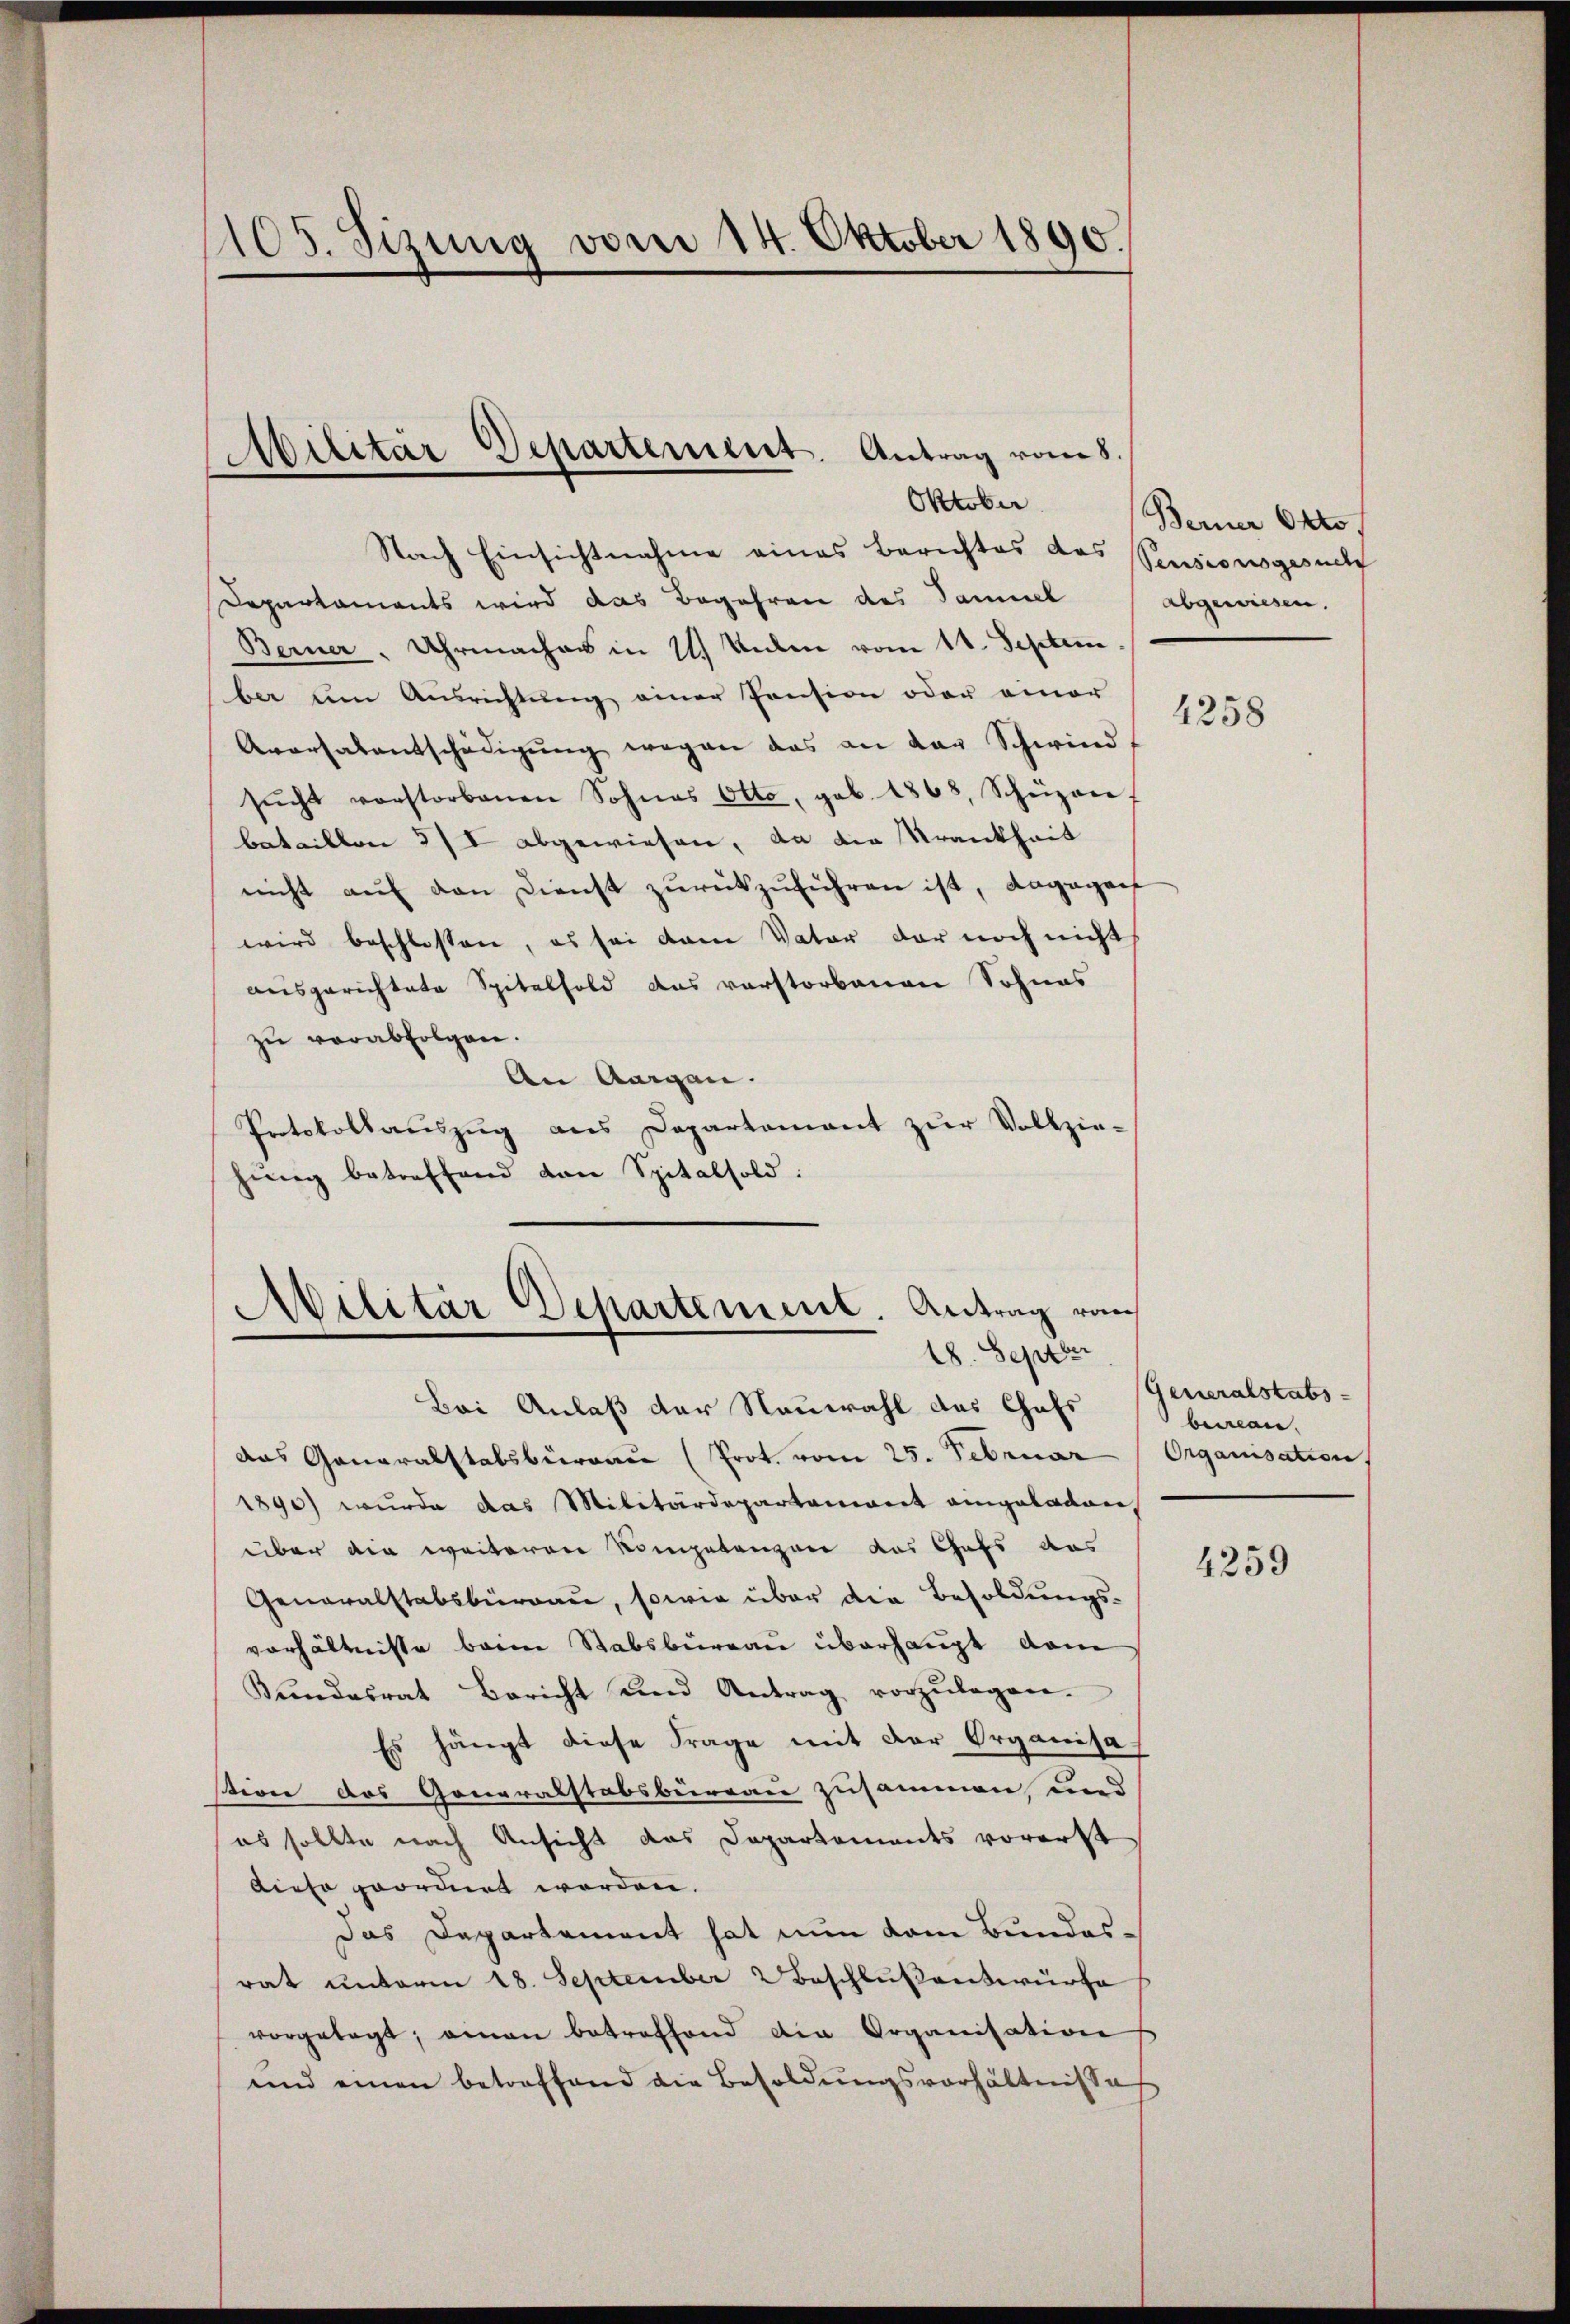
105. Seizung vom 14. Oktober 1890.

Oktober
Nach Einsichtnahme eines Berichtes das
Departaments wird das Begehren des Samml
Berner, Uhrmaches in 1 Valen vom 11. Septem
ber ŭm Aŭsrichtŭng einer Pension oder einer
Aversalentschädigŭng wegen das an der Schwind-
sŭcht vorstorbenen Sohnes Otto, geb. 1868, Schüzon,
bataillon 3/I abgewiesen, da die Krankheit
nicht aŭf den Dienst zŭrückzŭführen ist, dagegenh
wird beschlossen, es sei dann Vater der noch nicht
ausgerichtete Spitelhold das verstorbenen Sohnes
zŭ verabfolgen.
An Aargau.
Protokollauszug aus Departamant zŭr Vollzie-
hung betreffend von Spitalsold:
Militär Departement. Antrag von

Abilitär Departement. Antrag vom 8.

18. Septbr

Bei Anlaß der Neuwahl das Chefs
das Generalstabsbureau (Prot. vom 25. Februar  Organisation
1890 wurde das Militärdepartamiant eingeladen,
über die weiterer Kompetenzen das Chefs das
Generalstabsburgau, sowie über die Besoldungsverhältnisse beim Stabsbureau überhaupt dam
Bŭndesrat Bericht und Antrag vorzŭlegen.
Es hängt diese Frage mit der Organisastion des Generalstabsbureau zusammen und
es sollte nach Ansicht das Departements vorerst
diese geordnet werden.
Das Departement hat nun dem Bundes-
rat ŭnterm 18. September 2 Beschlŭβentwürfe
vorgelegt; man betreffend die Organisation
und einen betreffend die Besoldŭngsverhältnisses

Berner Otto.
Pensionsgesuch
abgewiesen.

4258

Generalstabs
beman

4259